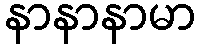
နာနာနာမာ